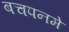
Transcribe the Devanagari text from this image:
बचपनमे